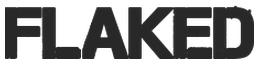
FLAKED